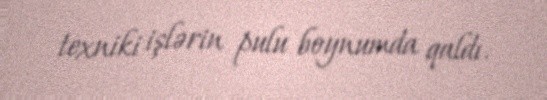
texniki işlərin pulu boynumda qaldı.